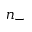
n _ { - }